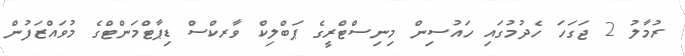
ރުމާލު 2 ޖަގަހަ ހެދުމުގައި ހައުސިން މިނިސްޓްރީގެ ޕަބްލިކް ވާރކްސް ޑިޕާޓްމަންޓްގެ މުވައްޒަފުން